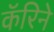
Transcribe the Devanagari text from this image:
कॅरिने